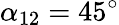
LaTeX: \alpha_{12}=45^{\circ}